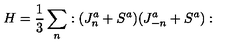
H = \frac { 1 } { 3 } \sum _ { n } : ( J _ { n } ^ { a } + S ^ { a } ) ( J _ { - n } ^ { a } + S ^ { a } ) :